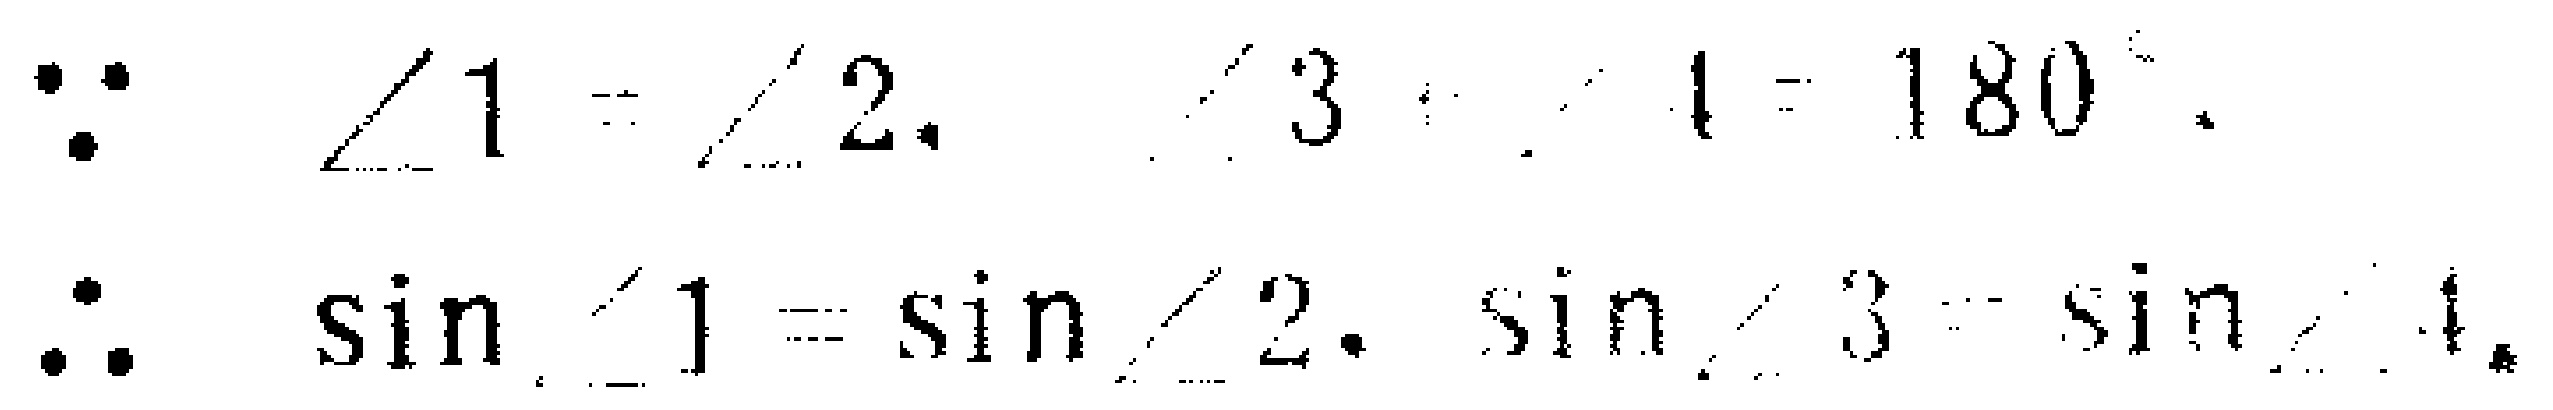
\(\because \angle 1 = \angle 2, \angle 3 + \angle 4 = 180^{\circ}\).
\(\therefore \sin\angle 1 = \sin\angle 2, \sin\angle 3 = \sin\angle 4\).